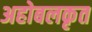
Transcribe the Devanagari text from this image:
अहोबलकृत